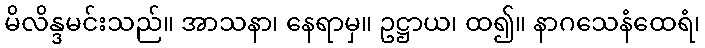
မိလိန္ဒမင်းသည်။ အာသနာ၊ နေရာမှ။ ဥဋ္ဌာယ၊ ထ၍။ နာဂသေနံထေရံ၊